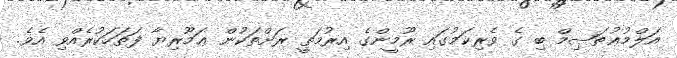
އަލްމުޢުތަޞިމް ބި ގެ ވެރިކަމުގައި ރޫމީންގެ އިރުމަތީ ރަށްތަކުން ޢަމޫރިޔާ ފަތަހަކުރެއްވި އެވެ.